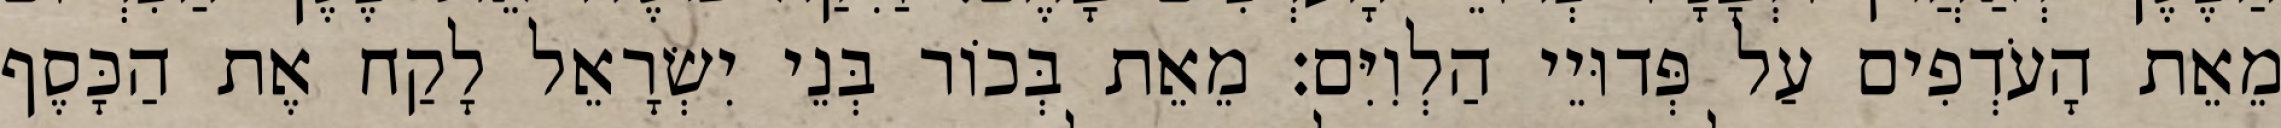
מֵאֵת הָעֹדְפִים עַל פְּדוּיֵי הַלְוִיִּם׃ מֵאֵת בְּכוֹר בְּנֵי יִשְׂרָאֵל לָקַח אֶת הַכָּסֶף